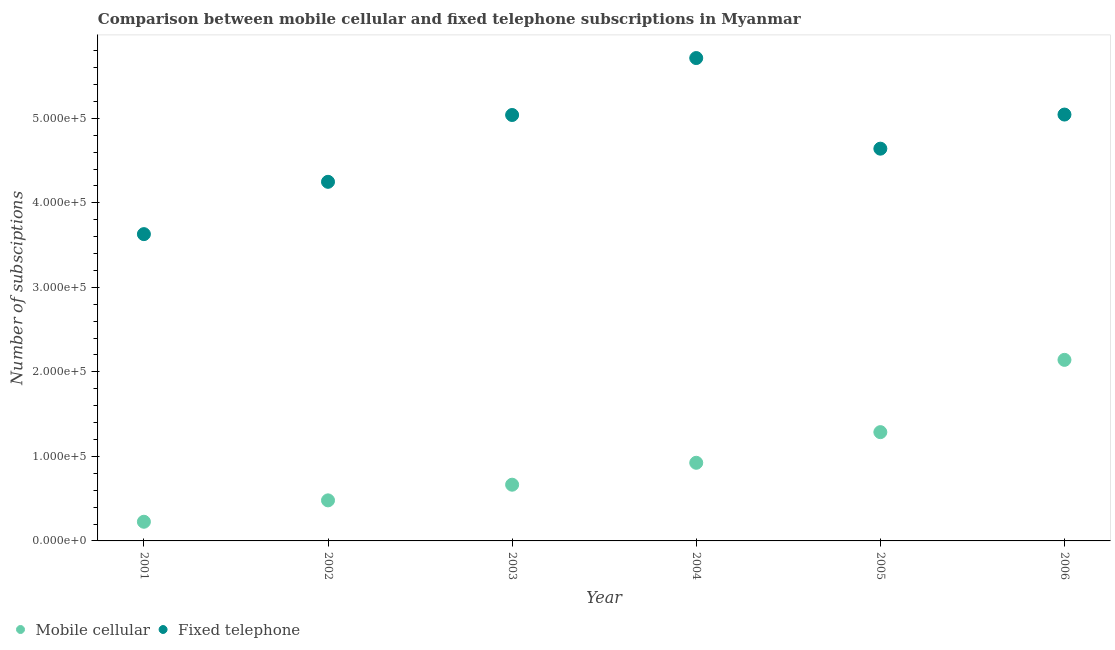
| Year | Mobile cellular | Fixed telephone |
 | --- | --- | --- |
 | 2001 | 2.27e+04 | 3.63e+05 |
 | 2002 | 4.8e+04 | 4.25e+05 |
 | 2003 | 6.65e+04 | 5.04e+05 |
 | 2004 | 9.25e+04 | 5.71e+05 |
 | 2005 | 1.29e+05 | 4.64e+05 |
 | 2006 | 2.14e+05 | 5.04e+05 |